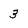
Character: 3